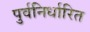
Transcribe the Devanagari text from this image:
पुर्वनिर्धारित